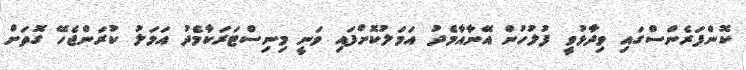
ކޮންފަރެންސްގައި ވިދާޅުވީ ފުލުހުން އޭނާއާމެދު އަމަލުކޮށްފައި ވަނީ މިނިސްޓަރަކާމެދު އަމަލު ކުރަންޖެހޭ ގޮތަށް